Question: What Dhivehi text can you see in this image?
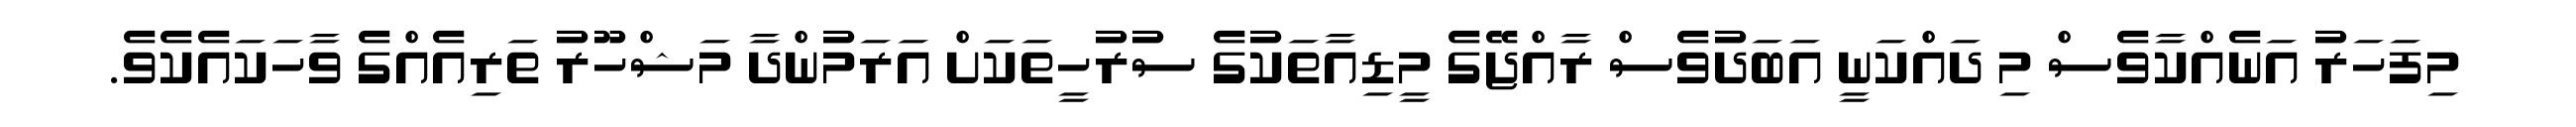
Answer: މިފަހަރު އަނެއްކާވެސް މި ދައްކަނީ އަބަދުވެސް ރާއްޖޭގެ މީޑިއާތަކުގެ ސުރުހީތަކަށް އަރަމުންދާ މަޝްހޫރު ތަރިއެއްގެ ވާހަކައެކެވެ.